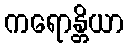
ကရောန္တိယာ